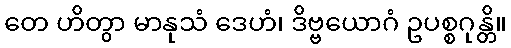
တေ ဟိတွာ မာနုသံ ဒေဟံ၊ ဒိဗ္ဗယောဂံ ဥပစ္စဂုန္တိ။